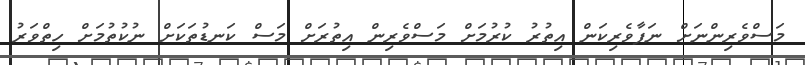
މަސްވެރިންނަށް ނަފާވެރިކަން އިތުރު ކުރުމަށް މަސްވެރިން އިތުރަށް މަސް ކަނޑުތަކަށް ނުކުތުމަށް ހިތްވަރު